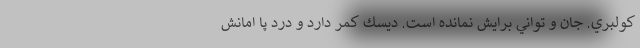
كولبري. جان و تواني برايش نمانده است. ديسك كمر دارد و درد پا امانش